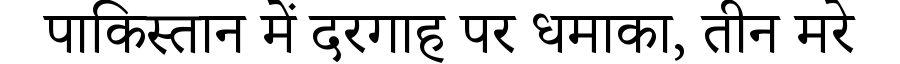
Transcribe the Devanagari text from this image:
पाकिस्तान में दरगाह पर धमाका, तीन मरे